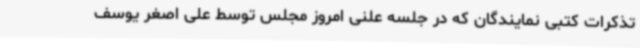
تذکرات کتبی نمایندگان که در جلسه علنی امروز مجلس توسط علی اصغر یوسف